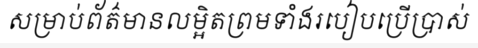
សម្រាប់ព័ត៌មានលម្អិតព្រមទាំងរបៀបប្រើប្រាស់